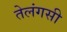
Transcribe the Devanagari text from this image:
तेलंगसी